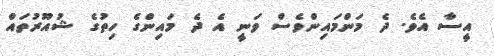
އީސާ އެވެ. ދެ މަންމައިންވެސް ވަނީ އެ ދެ މައިންގެ ހިތުގެ ޝުއޫރުތައް